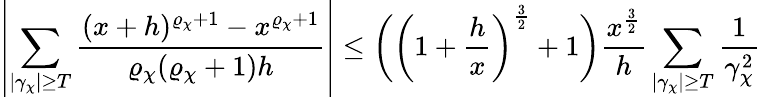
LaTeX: \left|\sum_{|\gamma_{\chi}|\geq T}\frac{(x+h)^{\varrho_{\chi}+1}-x^{\varrho_{\chi}+1}}{\varrho_{\chi}(\varrho_{\chi}+1)h}\right|\leq\bigg(\left(1+\frac{h}{x}\right)^{\frac{3}{2}}+1\bigg)\frac{x^{\frac{3}{2}}}{h}\sum_{|\gamma_{\chi}|\geq T}\frac{1}{\gamma_{\chi}^{2}}